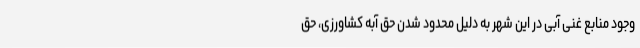
وجود منابع غنی آبی در این شهر به دلیل محدود شدن حق آبه کشاورزی، حق